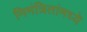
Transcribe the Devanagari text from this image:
निमंत्रितांमध्ये